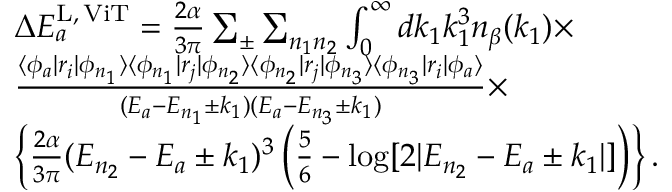
\begin{array} { r l } & { \Delta E _ { a } ^ { \mathrm { L , \, V i T } } = \frac { 2 \alpha } { 3 \pi } \sum _ { \pm } \sum _ { n _ { 1 } n _ { 2 } } \int _ { 0 } ^ { \infty } d k _ { 1 } k _ { 1 } ^ { 3 } n _ { \beta } ( k _ { 1 } ) \times } \\ & { \frac { \langle \phi _ { a } | r _ { i } | \phi _ { n _ { 1 } } \rangle \langle \phi _ { n _ { 1 } } | r _ { j } | \phi _ { n _ { 2 } } \rangle \langle \phi _ { n _ { 2 } } | r _ { j } | \phi _ { n _ { 3 } } \rangle \langle \phi _ { n _ { 3 } } | r _ { i } | \phi _ { a } \rangle } { ( E _ { a } - E _ { n _ { 1 } } \pm k _ { 1 } ) ( E _ { a } - E _ { n _ { 3 } } \pm k _ { 1 } ) } \times } \\ & { \left\lbrace \frac { 2 \alpha } { 3 \pi } ( E _ { n _ { 2 } } - E _ { a } \pm k _ { 1 } ) ^ { 3 } \left( \frac { 5 } { 6 } - \log [ 2 | E _ { n _ { 2 } } - E _ { a } \pm k _ { 1 } | ] \right) \right\rbrace . } \end{array}